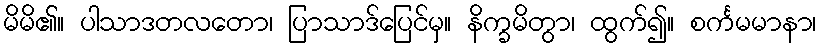
မိမိ၏။ ပါသာဒတလတော၊ ပြာသာဒ်ပြေင်မှ။ နိက္ခမိတွာ၊ ထွက်၍။ စင်္ကမမာနာ၊